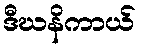
ဒီဃနိကာယ်